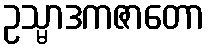
ဥသ္မာဒကဇာတော